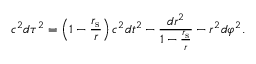
c ^ { 2 } d \tau ^ { 2 } = \left( 1 - { \frac { r _ { \mathrm { { s } } } } { r } } \right) c ^ { 2 } d t ^ { 2 } - { \frac { d r ^ { 2 } } { 1 - { \frac { r _ { \mathrm { { s } } } } { r } } } } - r ^ { 2 } d \varphi ^ { 2 } .